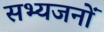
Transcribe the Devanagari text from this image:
सभ्यजनों